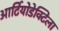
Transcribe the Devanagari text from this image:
आर्टियोडेक्टिला